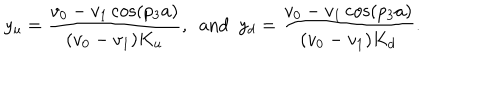
y _ { u } = \frac { v _ { 0 } - v _ { 1 } \cos ( p _ { 3 } a ) } { ( v _ { 0 } - v _ { 1 } ) K _ { u } } , ~ ~ \mathrm { a n d } ~ ~ y _ { d } = \frac { v _ { 0 } - v _ { 1 } \cos ( p _ { 3 } a ) } { ( v _ { 0 } - v _ { 1 } ) K _ { d } } .